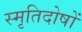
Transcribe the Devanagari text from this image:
स्मृतिदोषों